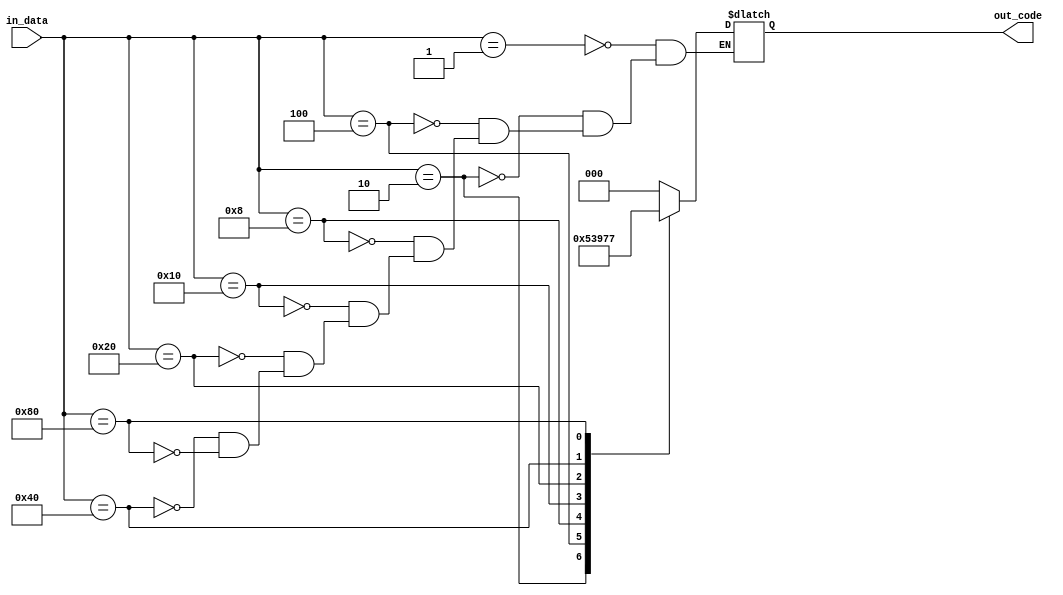
// 8-to-3 Encoder
module encoder_8to3 (
  input [7:0] in_data,
  output reg [2:0] out_code
);

  always @* begin
    case (in_data)
      8'b00000001: out_code = 3'b000;
      8'b00000010: out_code = 3'b001;
      8'b00000100: out_code = 3'b010;
      8'b00001000: out_code = 3'b011;
      8'b00010000: out_code = 3'b100;
      8'b00100000: out_code = 3'b101;
      8'b01000000: out_code = 3'b110;
      8'b10000000: out_code = 3'b111;
    endcase
  end
endmodule